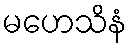
မဟေသိနံ